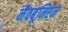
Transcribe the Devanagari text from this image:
नैवबूनिएन